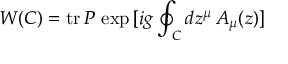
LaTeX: W ( C ) = \mathrm { t r } \, P \, \exp \, [ i g \oint _ { C } d z ^ { \mu } \, A _ { \mu } ( z ) ]